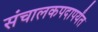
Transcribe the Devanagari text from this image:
संचालकपदापर्यंत